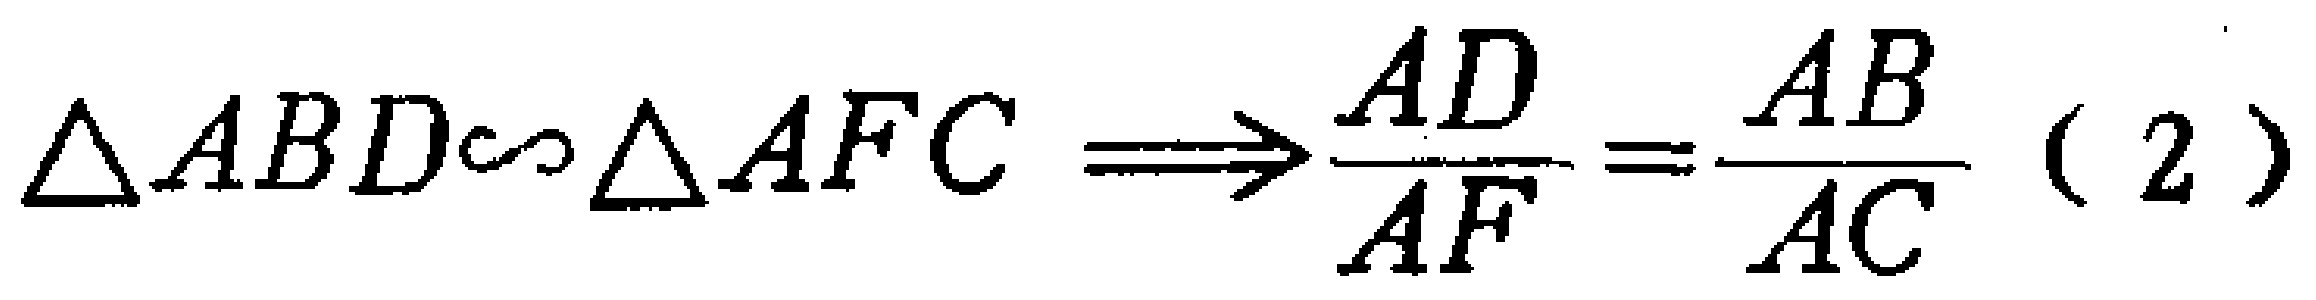
$\triangle ABD\sim\triangle AFC \Longrightarrow\frac{AD}{AF}=\frac{AB}{AC}\ (2)$